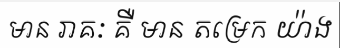
មាន រាគៈ គឺ មាន តម្រេក យ៉ាង